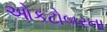
ઓકટોબરના